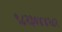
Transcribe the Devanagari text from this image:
९८२३०४४२८२